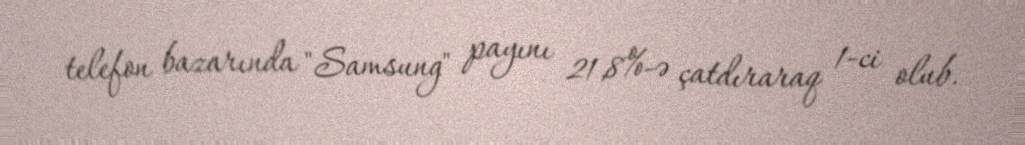
telefon bazarında "Samsung" payını 21,8%-ə çatdıraraq 1-ci olub.